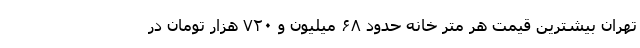
تهران بیشترین قیمت هر متر خانه حدود ۶۸ میلیون و ۷۲۰ هزار تومان در